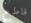
قاطع